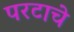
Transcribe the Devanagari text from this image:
परटाचे